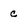
Character: c